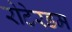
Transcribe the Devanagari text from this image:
रोटेरडम